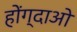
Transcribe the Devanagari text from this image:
होंग्दाओ